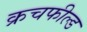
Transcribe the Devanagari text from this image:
क्रचफील्ड